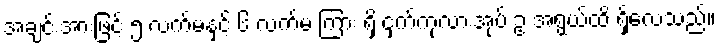
အချင်းအားဖြင့် ၅ လက်မနှင့် ၆ လက်မ ကြား ရှိ ငှက်ကုလားအုပ် ဥ အရွယ်ထိ ရှိလေသည်။